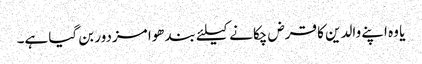
یا وہ اپنے والدین کا قرض چکانے کیلئے بندھوا مزدور بن گیا ہے۔